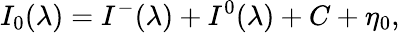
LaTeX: I_{0}(\lambda)=I^{-}(\lambda)+I^{0}(\lambda)+C+\eta_{0},